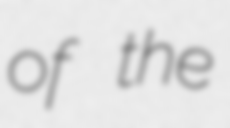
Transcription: of the